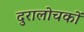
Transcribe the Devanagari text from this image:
दुरालोचकों